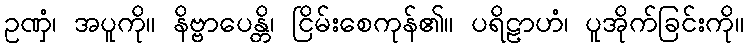
ဥဏှံ၊ အပူကို။ နိဗ္ဗာပေန္တိ၊ ငြိမ်းစေကုန်၏။ ပရိဠာဟံ၊ ပူအိုက်ခြင်းကို။